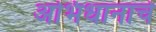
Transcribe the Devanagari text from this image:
अभिधानाचे